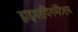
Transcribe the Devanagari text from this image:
हाइपरपिगमेंटेशन